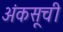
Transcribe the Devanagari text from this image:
अंकसूची